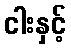
ငါးနှင့်